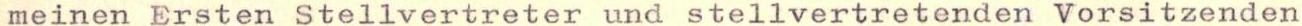
meinen Ersten Stellvertreter und stellvertretenden Vorsitzenden